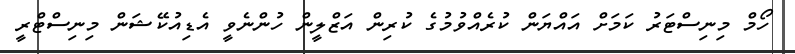
ހޯމް މިނިސްޓަރު ކަމަށް އައްޔަން ކުރެއްވުމުގެ ކުރިން އަޒްލީން ހުންނެވީ އެޑިއުކޭޝަން މިނިސްޓްރީ